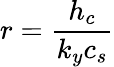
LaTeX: r={\frac{h_{c}}{k_{y}c_{s}}}